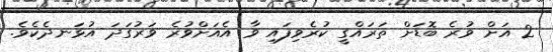
2 އަށް ވުރެ ބޮޑަށް ތަރައްގީ ކުރެވިފައި ވާ އެއަށްވުރެ ވަރުގަދަ އުޅަނދެކެވެ.